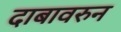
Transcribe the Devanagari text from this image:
दाबावरुन